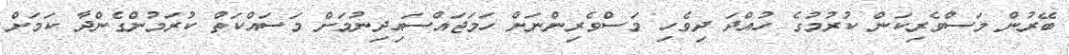
ބޭރުން މަސްވެރިކަން ކުރުމުގެ ހުއްދަ ދިވެހި މަސްވެރިންނަށް ހަމަޖައްސައިދިނުމަށް މަސައްކަތް ކުރަމުންގެންދާ ކަމަށް